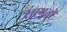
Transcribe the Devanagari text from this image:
सागुती